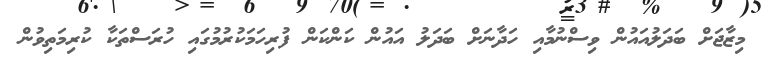
މިޒާޖަށް ބަދަލުއައުން ވިސްނުމާއި ހަދާނަށް ބަދަލު އައުން ކަންކަން ފުރިހަމަކުރުމުގައި ހުރަސްތަކާ ކުރިމަތިވުން